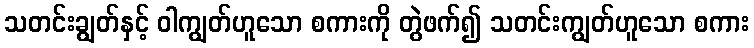
သတင်းချွတ်နှင့် ဝါကျွတ်ဟူသော စကားကို တွဲဖက်၍ သတင်းကျွတ်ဟူသော စကား